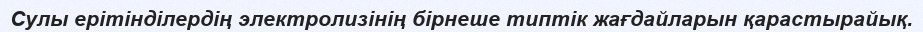
Сулы ерітінділердің электролизінің бірнеше типтік жағдайларын қарастырайық.